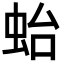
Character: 𧉟